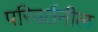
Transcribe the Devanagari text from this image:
परिवर्तनील